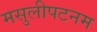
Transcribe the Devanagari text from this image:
मसुलीपटनम